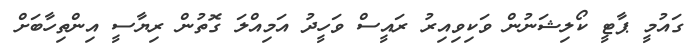
ގައުމީ ޕާޓީ ކޯލިޝަނުން ވަކިވިއިރު ރައީސް ވަހީދު އަމިއްލަ ގޮތުން ރިޔާސީ އިންތިހާބަށް